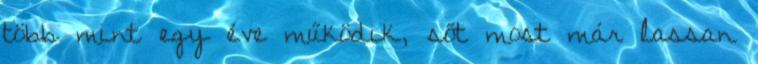
több mint egy éve működik, sőt most már lassan